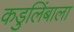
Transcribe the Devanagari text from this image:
कडुलिंबाला